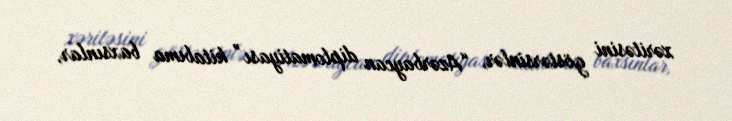
xəritəsini göstərsinlər, “Azərbaycan diplomatiyası” kitabıma baxsınlar,